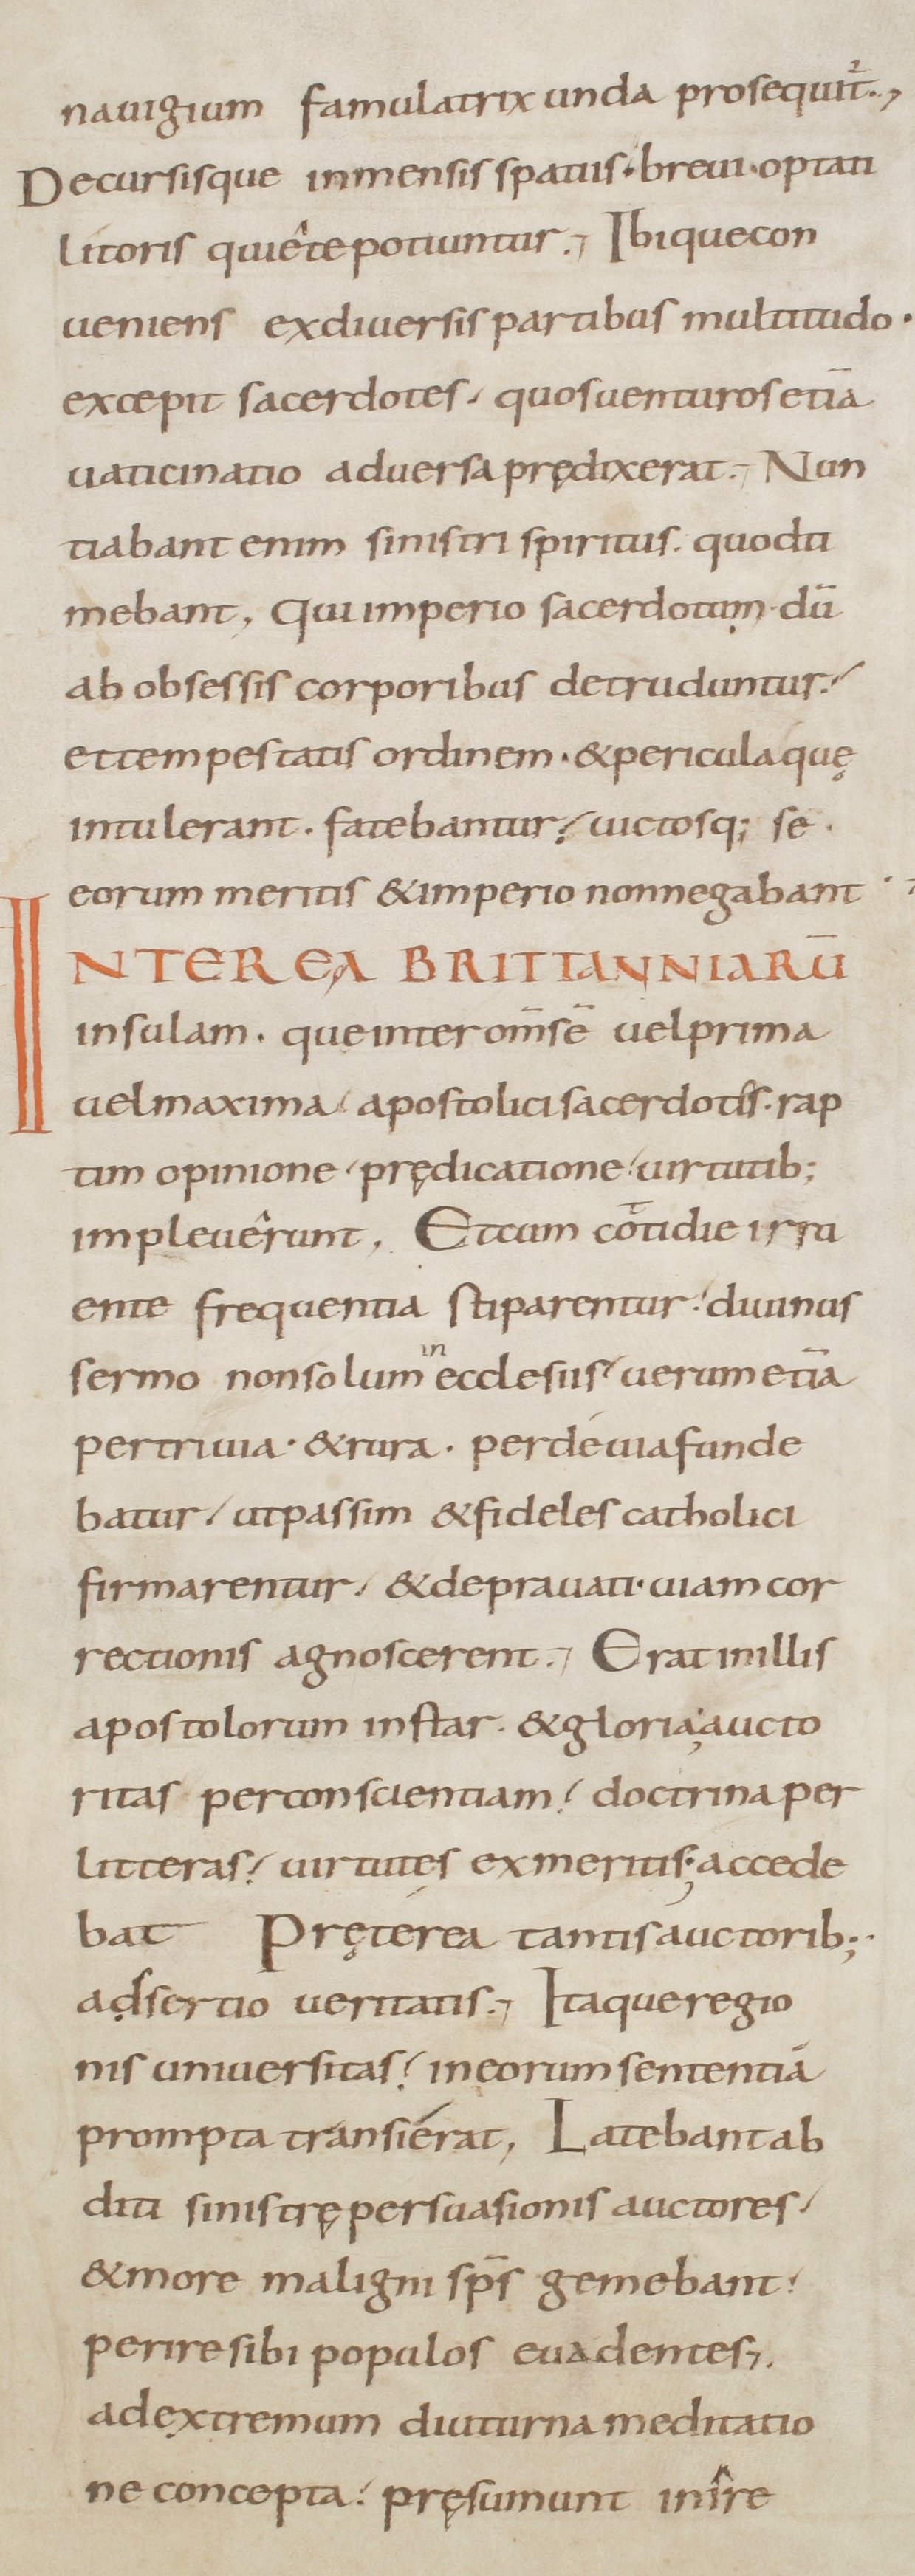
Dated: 800–899